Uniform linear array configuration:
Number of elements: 8
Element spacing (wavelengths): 0.5
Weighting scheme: hann
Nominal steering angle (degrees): -30
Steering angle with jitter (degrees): -30.643
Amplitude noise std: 0.05
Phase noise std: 0.05

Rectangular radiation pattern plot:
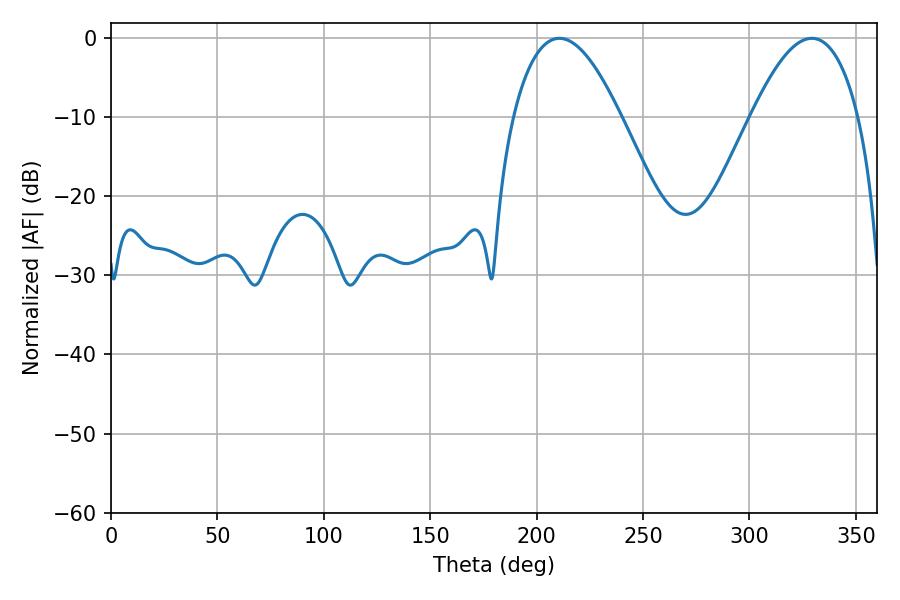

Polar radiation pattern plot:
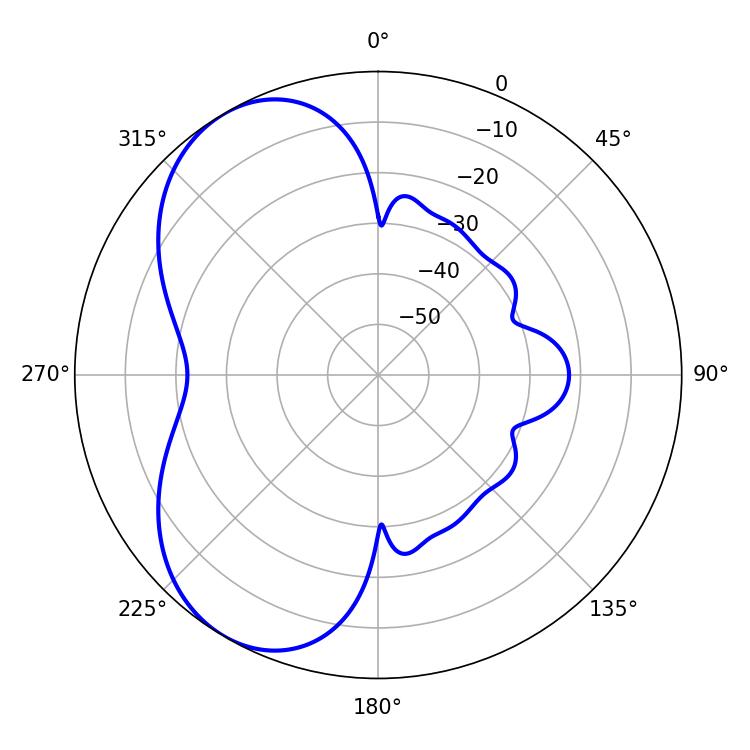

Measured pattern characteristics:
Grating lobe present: FALSE
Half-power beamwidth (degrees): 27.72
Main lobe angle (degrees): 210.78